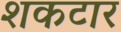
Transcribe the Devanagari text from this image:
शकटार